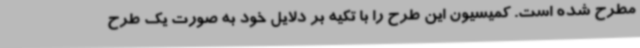
مطرح شده است. کمیسیون این طرح را با تکیه بر دلایل خود به صورت یک طرح